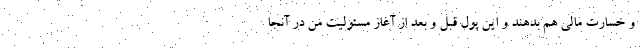
و خسارت مالی هم بدهند و این پول قبل و بعد از آغاز مسئولیت من در آنجا